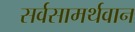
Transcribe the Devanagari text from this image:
सर्वसामर्थवान